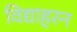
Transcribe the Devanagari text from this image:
विद्याहरन